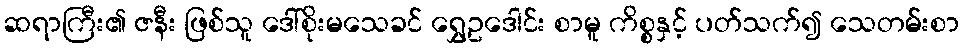
ဆရာကြီး၏ ဇနီး ဖြစ်သူ ဒေါ်စိုးမသေခင် ရွှေဥဒေါင်း စာမူ ကိစ္စနှင့် ပတ်သက်၍ သေတမ်းစာ